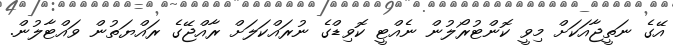
އޭގެ ނަތީޖާއަކަށް މިވީ ކޮންޓުރޯލުން ނެއްޓީ ކޮވިޑްގެ ނުރައްކަލަށް ރާއްޖޭގެ ރައްޔަތުން ވައްޓާލުން.